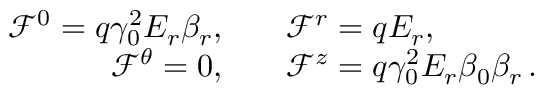
\begin{array} { r l } { \mathcal { F } ^ { 0 } = q \gamma _ { 0 } ^ { 2 } E _ { r } \beta _ { r } , } & { { } \quad \mathcal { F } ^ { r } = q E _ { r } , } \\ { \mathcal { F } ^ { \theta } = 0 , } & { { } \quad \mathcal { F } ^ { z } = q \gamma _ { 0 } ^ { 2 } E _ { r } \beta _ { 0 } \beta _ { r } \, . } \end{array}